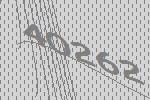
40262